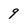
Character: 9